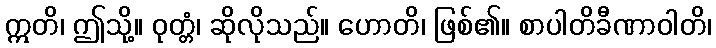
ဣတိ၊ ဤသို့။ ဝုတ္တံ၊ ဆိုလိုသည်။ ဟောတိ၊ ဖြစ်၏။ စာပါတိခီဏာဝါတိ၊